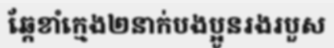
ឆ្កែខាំក្មេង២នាក់បងប្អូនរងរបួស